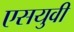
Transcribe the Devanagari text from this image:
एसयुवी